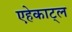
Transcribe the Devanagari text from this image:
एहेकाट्ल